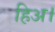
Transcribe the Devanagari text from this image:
हिअ।